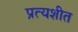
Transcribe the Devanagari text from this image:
प्रत्यशीत